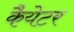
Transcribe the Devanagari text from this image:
कैयेटर